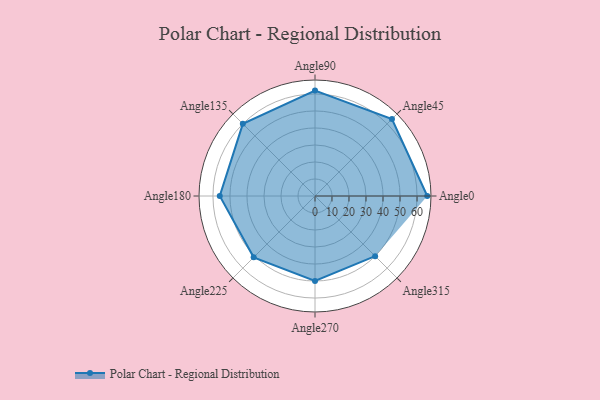
{"axis": {"x": "Angle", "y": "Radius"}, "legend": [""], "data": [{"x": "Angle0", "y": 66.0, "type": ""}, {"x": "Angle45", "y": 64.0, "type": ""}, {"x": "Angle90", "y": 62.0, "type": ""}, {"x": "Angle135", "y": 60.0, "type": ""}, {"x": "Angle180", "y": 56.0, "type": ""}, {"x": "Angle225", "y": 51.0, "type": ""}, {"x": "Angle270", "y": 50, "type": ""}, {"x": "Angle315", "y": 50, "type": ""}]}